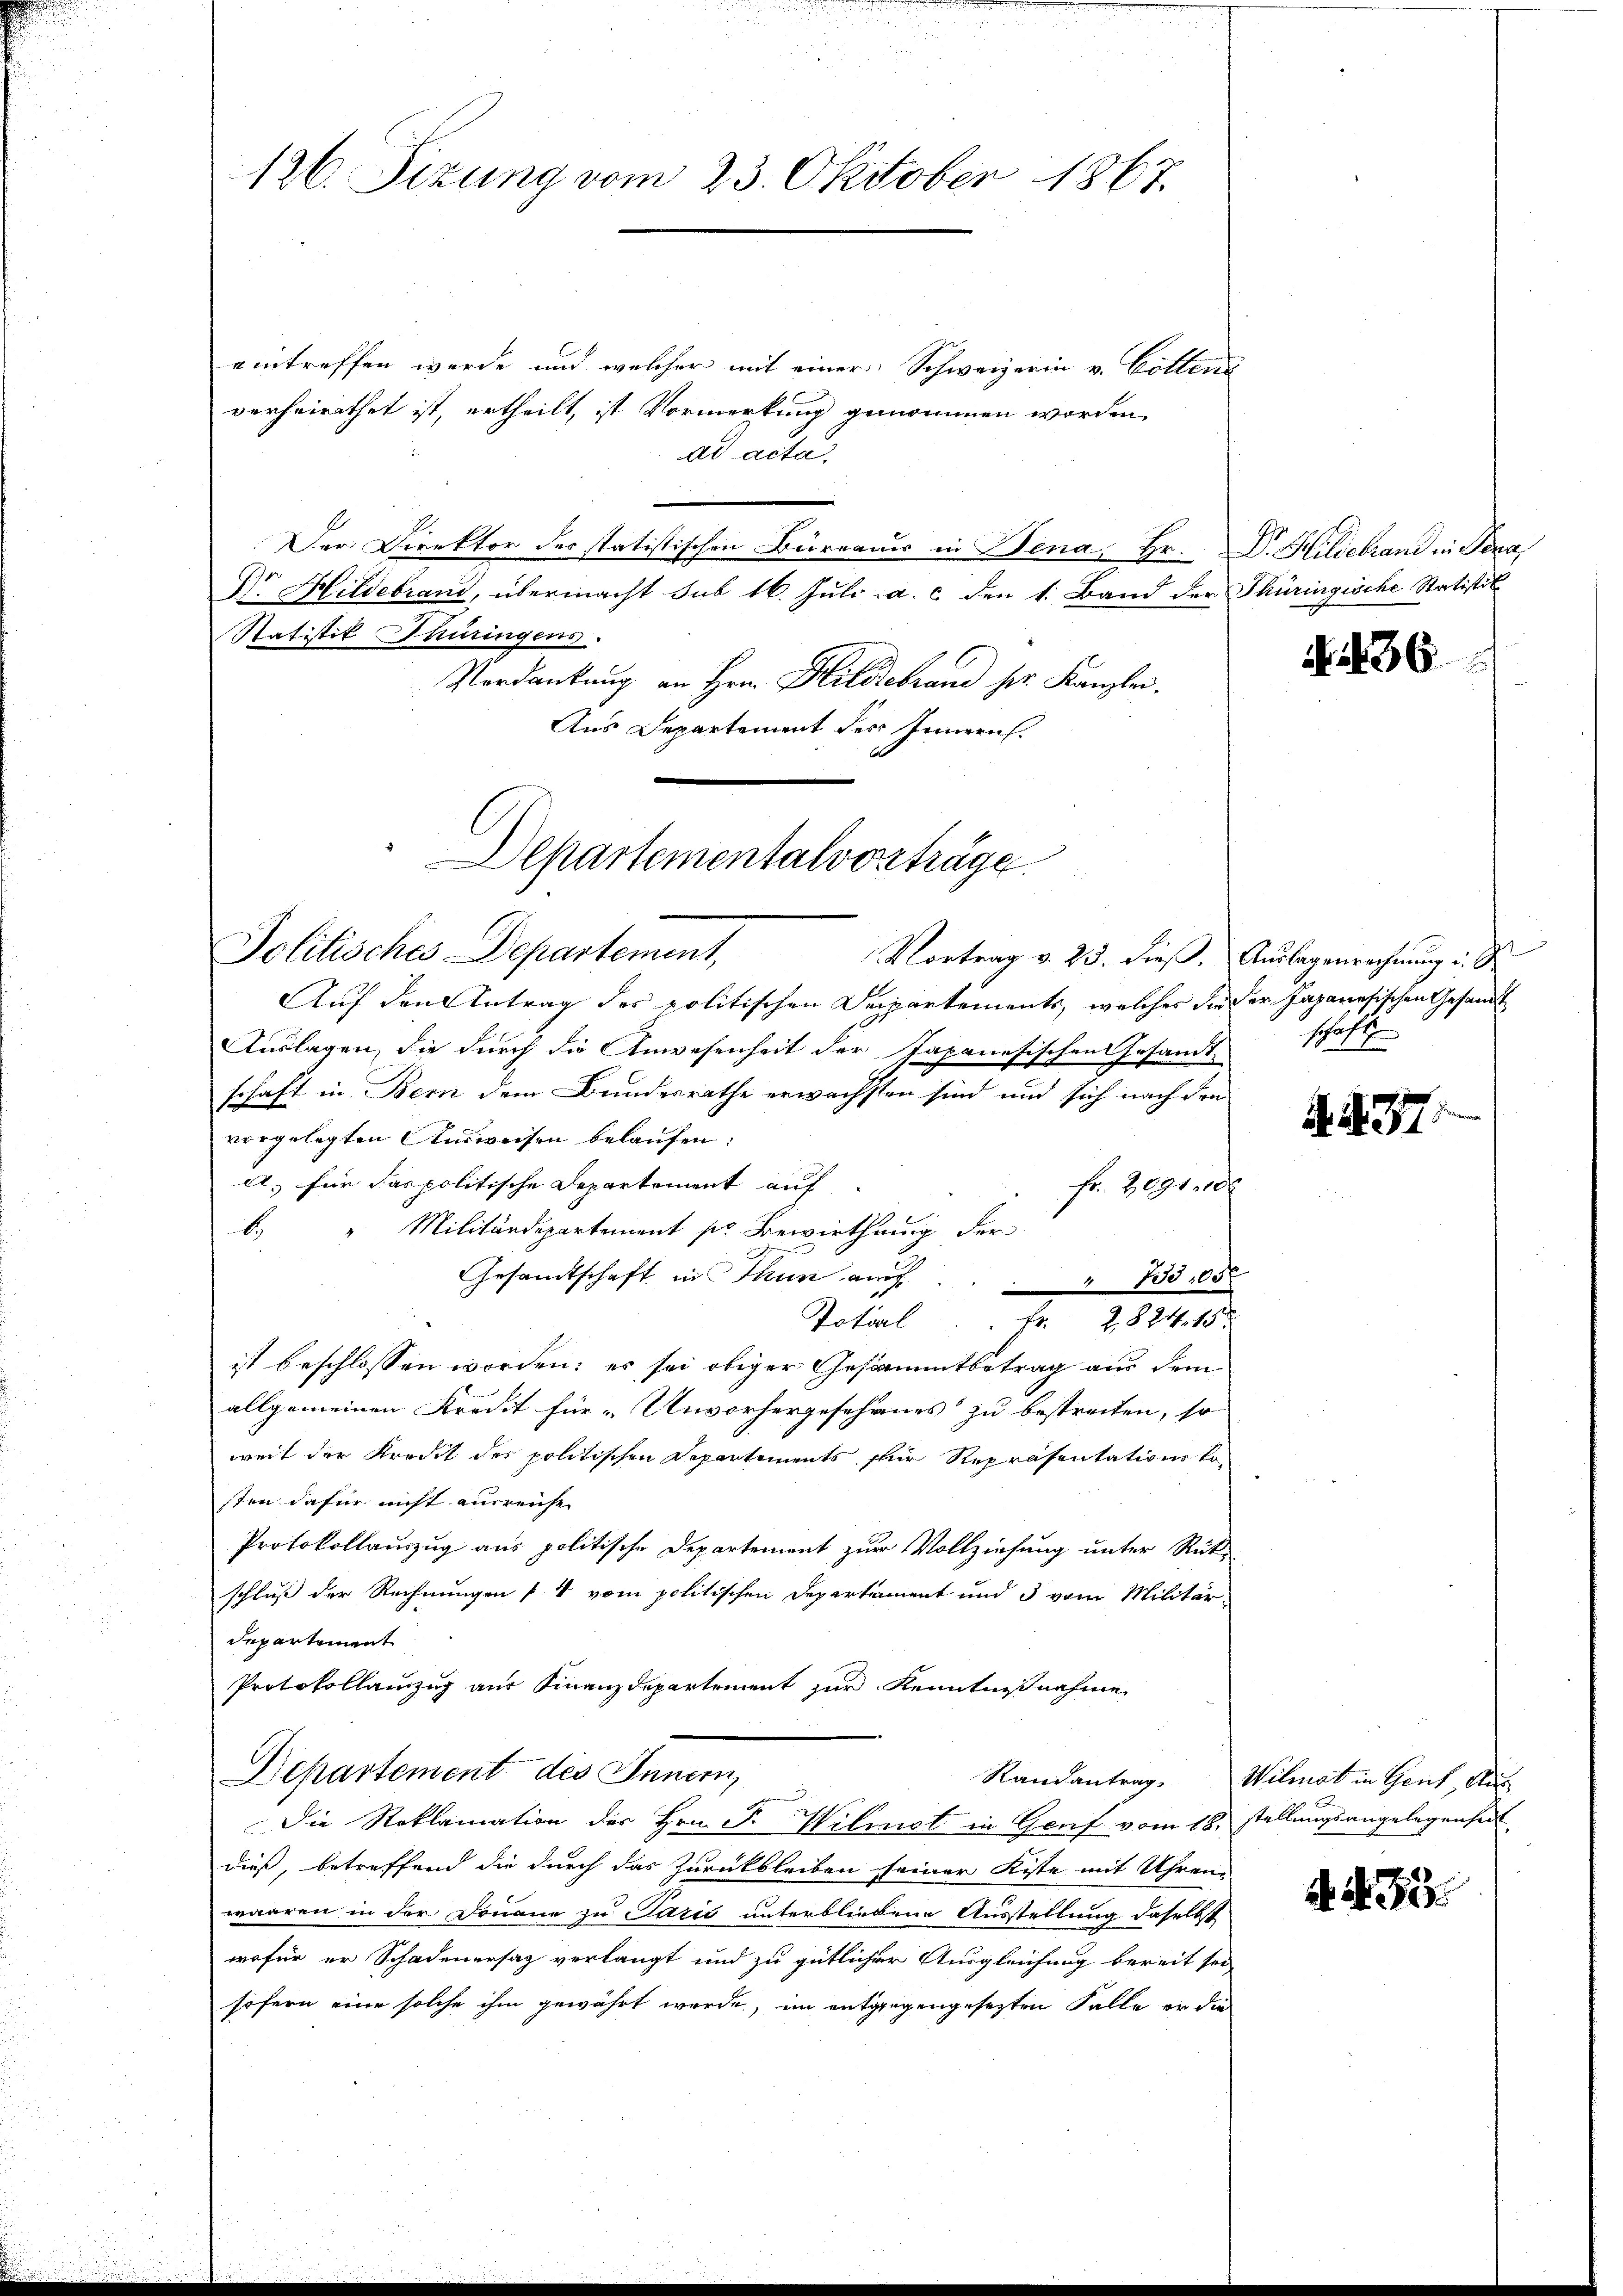
126. Sizung vom 23. Oktober 1867.

eintreffen werde und welcher mit einer Schweizerin v. Collend
verheirathet ist, ertheilt, ist Vormerkung genommen worden,
ad acta.
Der Direktor des statistischen Bürraus in Dena, Hr. Dr. Hildebrand in Jena,
Dr Hildebrand, übermacht sub 16. Juli a. c. den 1. Band der Thüringische Statistik
Statistik Thüringens.
Verdankung an Hrn. Hildebrand her Kanzlei.
Aus Departement des Innern

Auf den Antrag der politischen Departements, welches die der Japanesischen Gesandt
Auslagen, die durch die Anwesenheit der Japanesischen Gesandtschaft
schaft in Bern dem Bundesrathe erwächsten sind und sich nach den
vorgelegten Ausweisen belaufen:
a) für das politische Departement auf
Fr. 2091, 10
Militärdepartement sie Bewirthung der
b.
Gesandtschaft in Thun auf . . . 735. 65
Total. Fr. 2824. 15
ist beschlossen worden; es sei obiger Gesammtbetrag aus dem
allgemeinen Kredit für „Unvorhergesehenes zu bestreiten, so
weit der Kreist des politischen Departements für Repräsentations tosten dafür nicht ausreicht
Protokollauszug aus politische Departement zur Vollziehung unter Rükschluß der Rechnungen 14 vom politischen Departiment und 3 vom Militärdepartement
Protokollainzig aus Finanzdepartement zur Kenntnißnahme
Departement des Innern
Randantrag
Die Reklamation des Hrn. F. Wilmst in Genf vom 18.
dieß, betreffend die durch das Zurückbleiben seiner Kiste mit Uhren-
waaren in der Donaue zu Paris unterbliebene Ausstellung daselbst
wofür er Schadenersaz verlangt und zu gütlicher Ausgleichung bereit sei
sofern eine solche ihm gewährt werde, im entgegengesezten Falle er die

Departementalvorträge
Politisches Departement,
Vortrag v. 23. dieß. Auslagenrechnung u. d

36

AA77.

Wilmat in Genf, Ausstellungsangelegenheit

A. S. 35.